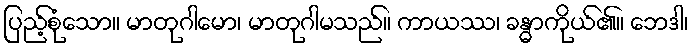
ပြည့်စုံသော။ မာတုဂါမော၊ မာတုဂါမသည်။ ကာယဿ၊ ခန္ဓာကိုယ်၏။ ဘေဒါ၊